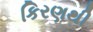
કિરણથી